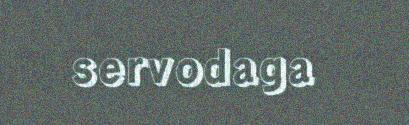
servodaga